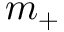
m _ { + }